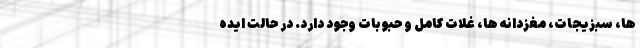
ها، سبزیجات، مغزدانه ها، غلات کامل و حبوبات وجود دارد. در حالت ایده